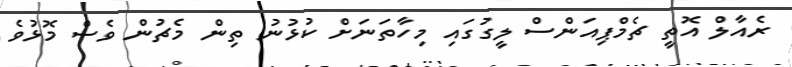
ރެއާލް އޮތީ ޗެމްޕިއަންސް ލީގުގައި މިހާތަނަށް ކުޅުނު ތިން މެޗުން ވެސް މޮޅުވެ